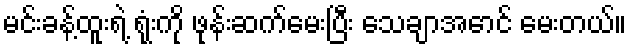
မင်းခန့်ထူးရဲ့ ရုံးကို ဖုန်းဆက်မေးပြီး သေချာအောင် မေးတယ်။